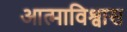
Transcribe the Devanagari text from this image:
आत्माविश्वास